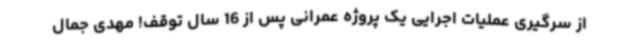
از سرگیری عملیات اجرایی یک پروژه عمرانی پس از 16 سال توقف! مهدی جمال